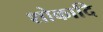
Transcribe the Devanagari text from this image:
शोकादि